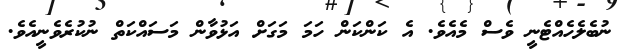
ނުބެލެހެއްޓެނީ ވެސް މެއެވެ. އެ ކަންކަން ހަމަ މަގަށް އަޅުވާން މަަސައްކަތް ނުކުރެވެނީއެވެ.